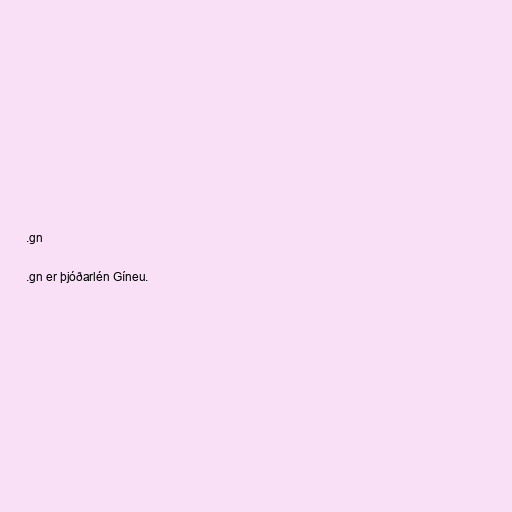
.gn

.gn er þjóðarlén Gíneu.